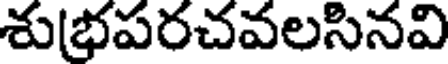
శుభపరచవలసినవి